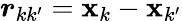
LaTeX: \boldsymbol{r}_{kk^{\prime}}=\boldsymbol{\mathbf{x}}_{k}-\boldsymbol{\mathbf{x}}_{k^{\prime}}